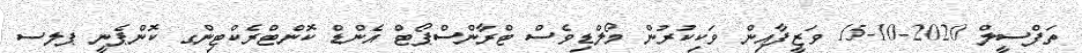
ތަފްސީލް 2020-10-15 ވަޒީފާއިން ވަކިކުރުން މޯލްޑިވެސް ޓްރާންސްޕޯޓް އެންޑް ކޮންޓްރެކްޓިންގ ކޮންޕެނީ ޕލސ